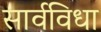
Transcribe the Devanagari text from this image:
सार्वविधा